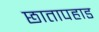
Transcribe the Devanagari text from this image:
छातापहाड